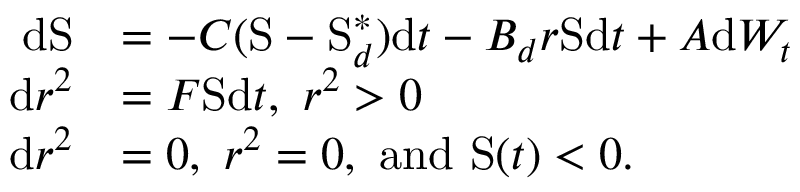
\begin{array} { r l } { \mathrm { d } \mathrm { S } } & { = - C ( \mathrm { S } - \mathrm { S } _ { d } ^ { \ast } ) \mathrm { d } t - B _ { d } r \mathrm { S } \mathrm { d } t + A \mathrm { d } W _ { t } } \\ { \mathrm { d } r ^ { 2 } } & { = F \mathrm { S } \mathrm { d } t , \mathrm { ~ } r ^ { 2 } > 0 } \\ { \mathrm { d } r ^ { 2 } } & { = 0 , \mathrm { ~ } r ^ { 2 } = 0 , \mathrm { ~ a n d ~ } \mathrm { S } ( t ) < 0 . } \end{array}